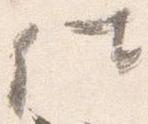
仕